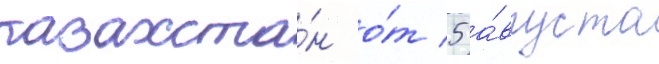
казахста́н о́т 5 а́вгуста